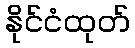
နိုင်ငံထုတ်